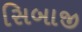
સિબાજી